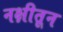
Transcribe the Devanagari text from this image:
नक्षीतून